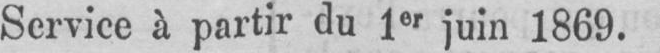
Service à partir du 1er juin 1869.